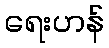
ရေးဟန်